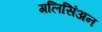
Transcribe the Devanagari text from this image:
गलिसिंअन